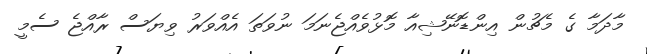
މާދަމާ ގެ މެޗުން އިންޑޮނޭޝިއާ މޮޅުވެއްޖެނަމަ ނުވަތަ އެއްވަރު ވިޔަސް ރާއްޖެ ސެމީ